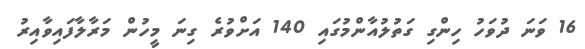
16 ވަނަ ދުވަހު ހިންގި ގަތުލުއާންމުގައި 140 އަށްވުރެ ގިނަ މީހުން މަރާލާފައިވާއިރު